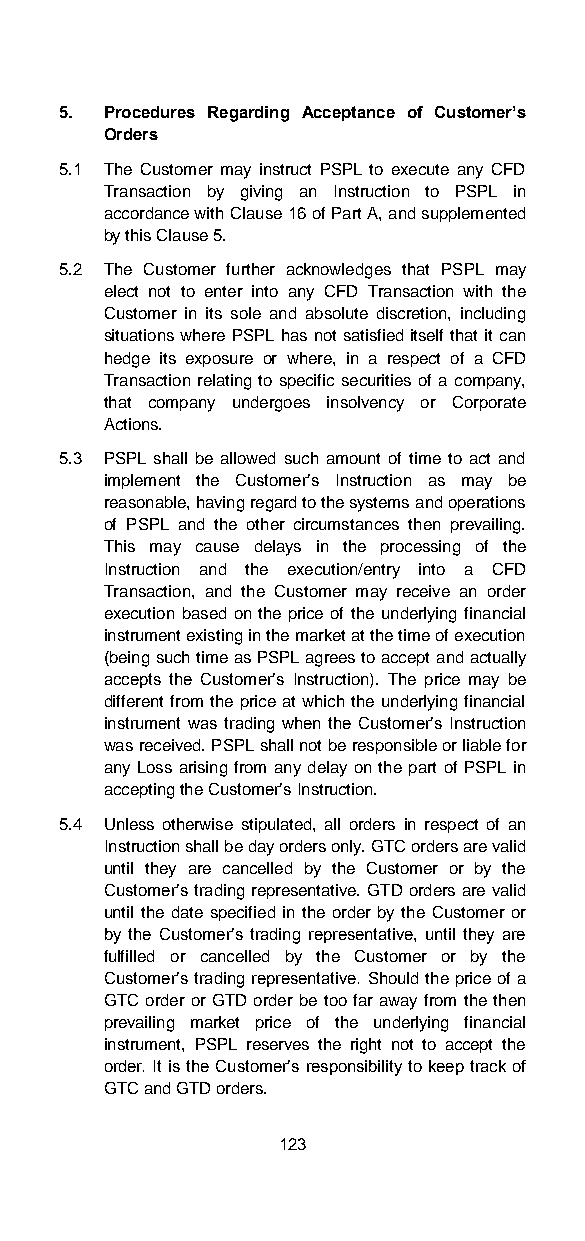
5. Procedures Regarding Acceptance of Customer’s
 Orders
 5.1 The Customer may instruct PSPL to execute any CFD
 Transaction by giving an Instruction to PSPL in
 accordance with Clause 16 of Part A, and supplemented
 by this Clause 5.
 5.2 The Customer further acknowledges that PSPL may
 elect not to enter into any CFD Transaction with the
 Customer in its sole and absolute discretion, including
 situations where PSPL has not satisfied itself that it can
 hedge its exposure or where, in a respect of a CFD
 Transaction relating to specific securities of a company,
 that company undergoes insolvency or Corporate
 Actions.
 5.3 PSPL shall be allowed such amount of time to act and
 implement the Customer’s Instruction as may be
 reasonable, having regard to the systems and operations
 of PSPL and the other circumstances then prevailing.
 This may cause delays in the processing of the
 Instruction and the execution/entry into a CFD
 Transaction, and the Customer may receive an order
 execution based on the price of the underlying financial
 instrument existing in the market at the time of execution
 (being such time as PSPL agrees to accept and actually
 accepts the Customer’s Instruction). The price may be
 different from the price at which the underlying financial
 instrument was trading when the Customer’s Instruction
 was received. PSPL shall not be responsible or liable for
 any Loss arising from any delay on the part of PSPL in
 accepting the Customer’s Instruction.
 5.4 Unless otherwise stipulated, all orders in respect of an
 Instruction shall be day orders only. GTC orders are valid
 until they are cancelled by the Customer or by the
 Customer’s trading representative. GTD orders are valid
 until the date specified in the order by the Customer or
 by the Customer’s trading representative, until they are
 fulfilled or cancelled by the Customer or by the
 Customer’s trading representative. Should the price of a
 GTC order or GTD order be too far away from the then
 prevailing market price of the underlying financial
 instrument, PSPL reserves the right not to accept the
 order. It is the Customer’s responsibility to keep track of
 GTC and GTD orders.
 123